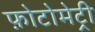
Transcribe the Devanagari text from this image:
फ़ोटोमेट्री